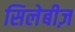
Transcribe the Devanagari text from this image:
सिलेबीज़